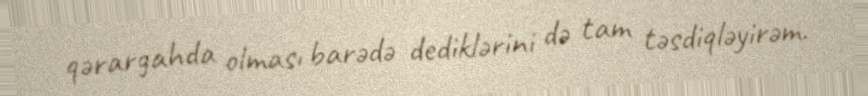
qərargahda olması barədə dediklərini də tam təsdiqləyirəm.